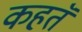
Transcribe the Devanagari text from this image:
कहतॅ